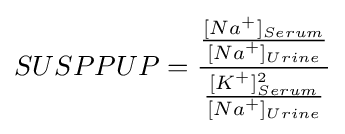
SUSPPUP={\frac {\frac {{[Na}^{+}]_{Serum}}{{[Na}^{+}]_{Urine}}}{\frac {{[K}^{+}]_{Serum}^{2}}{{[Na}^{+}]_{Urine}}}}